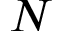
N